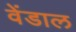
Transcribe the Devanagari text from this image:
वेंडाल